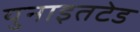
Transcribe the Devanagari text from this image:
युनाइतटेड